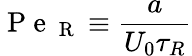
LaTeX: \mathrm{~P~e~}_{\mathrm{~R~}}\equiv\frac{a}{U_{0}\tau_{R}}